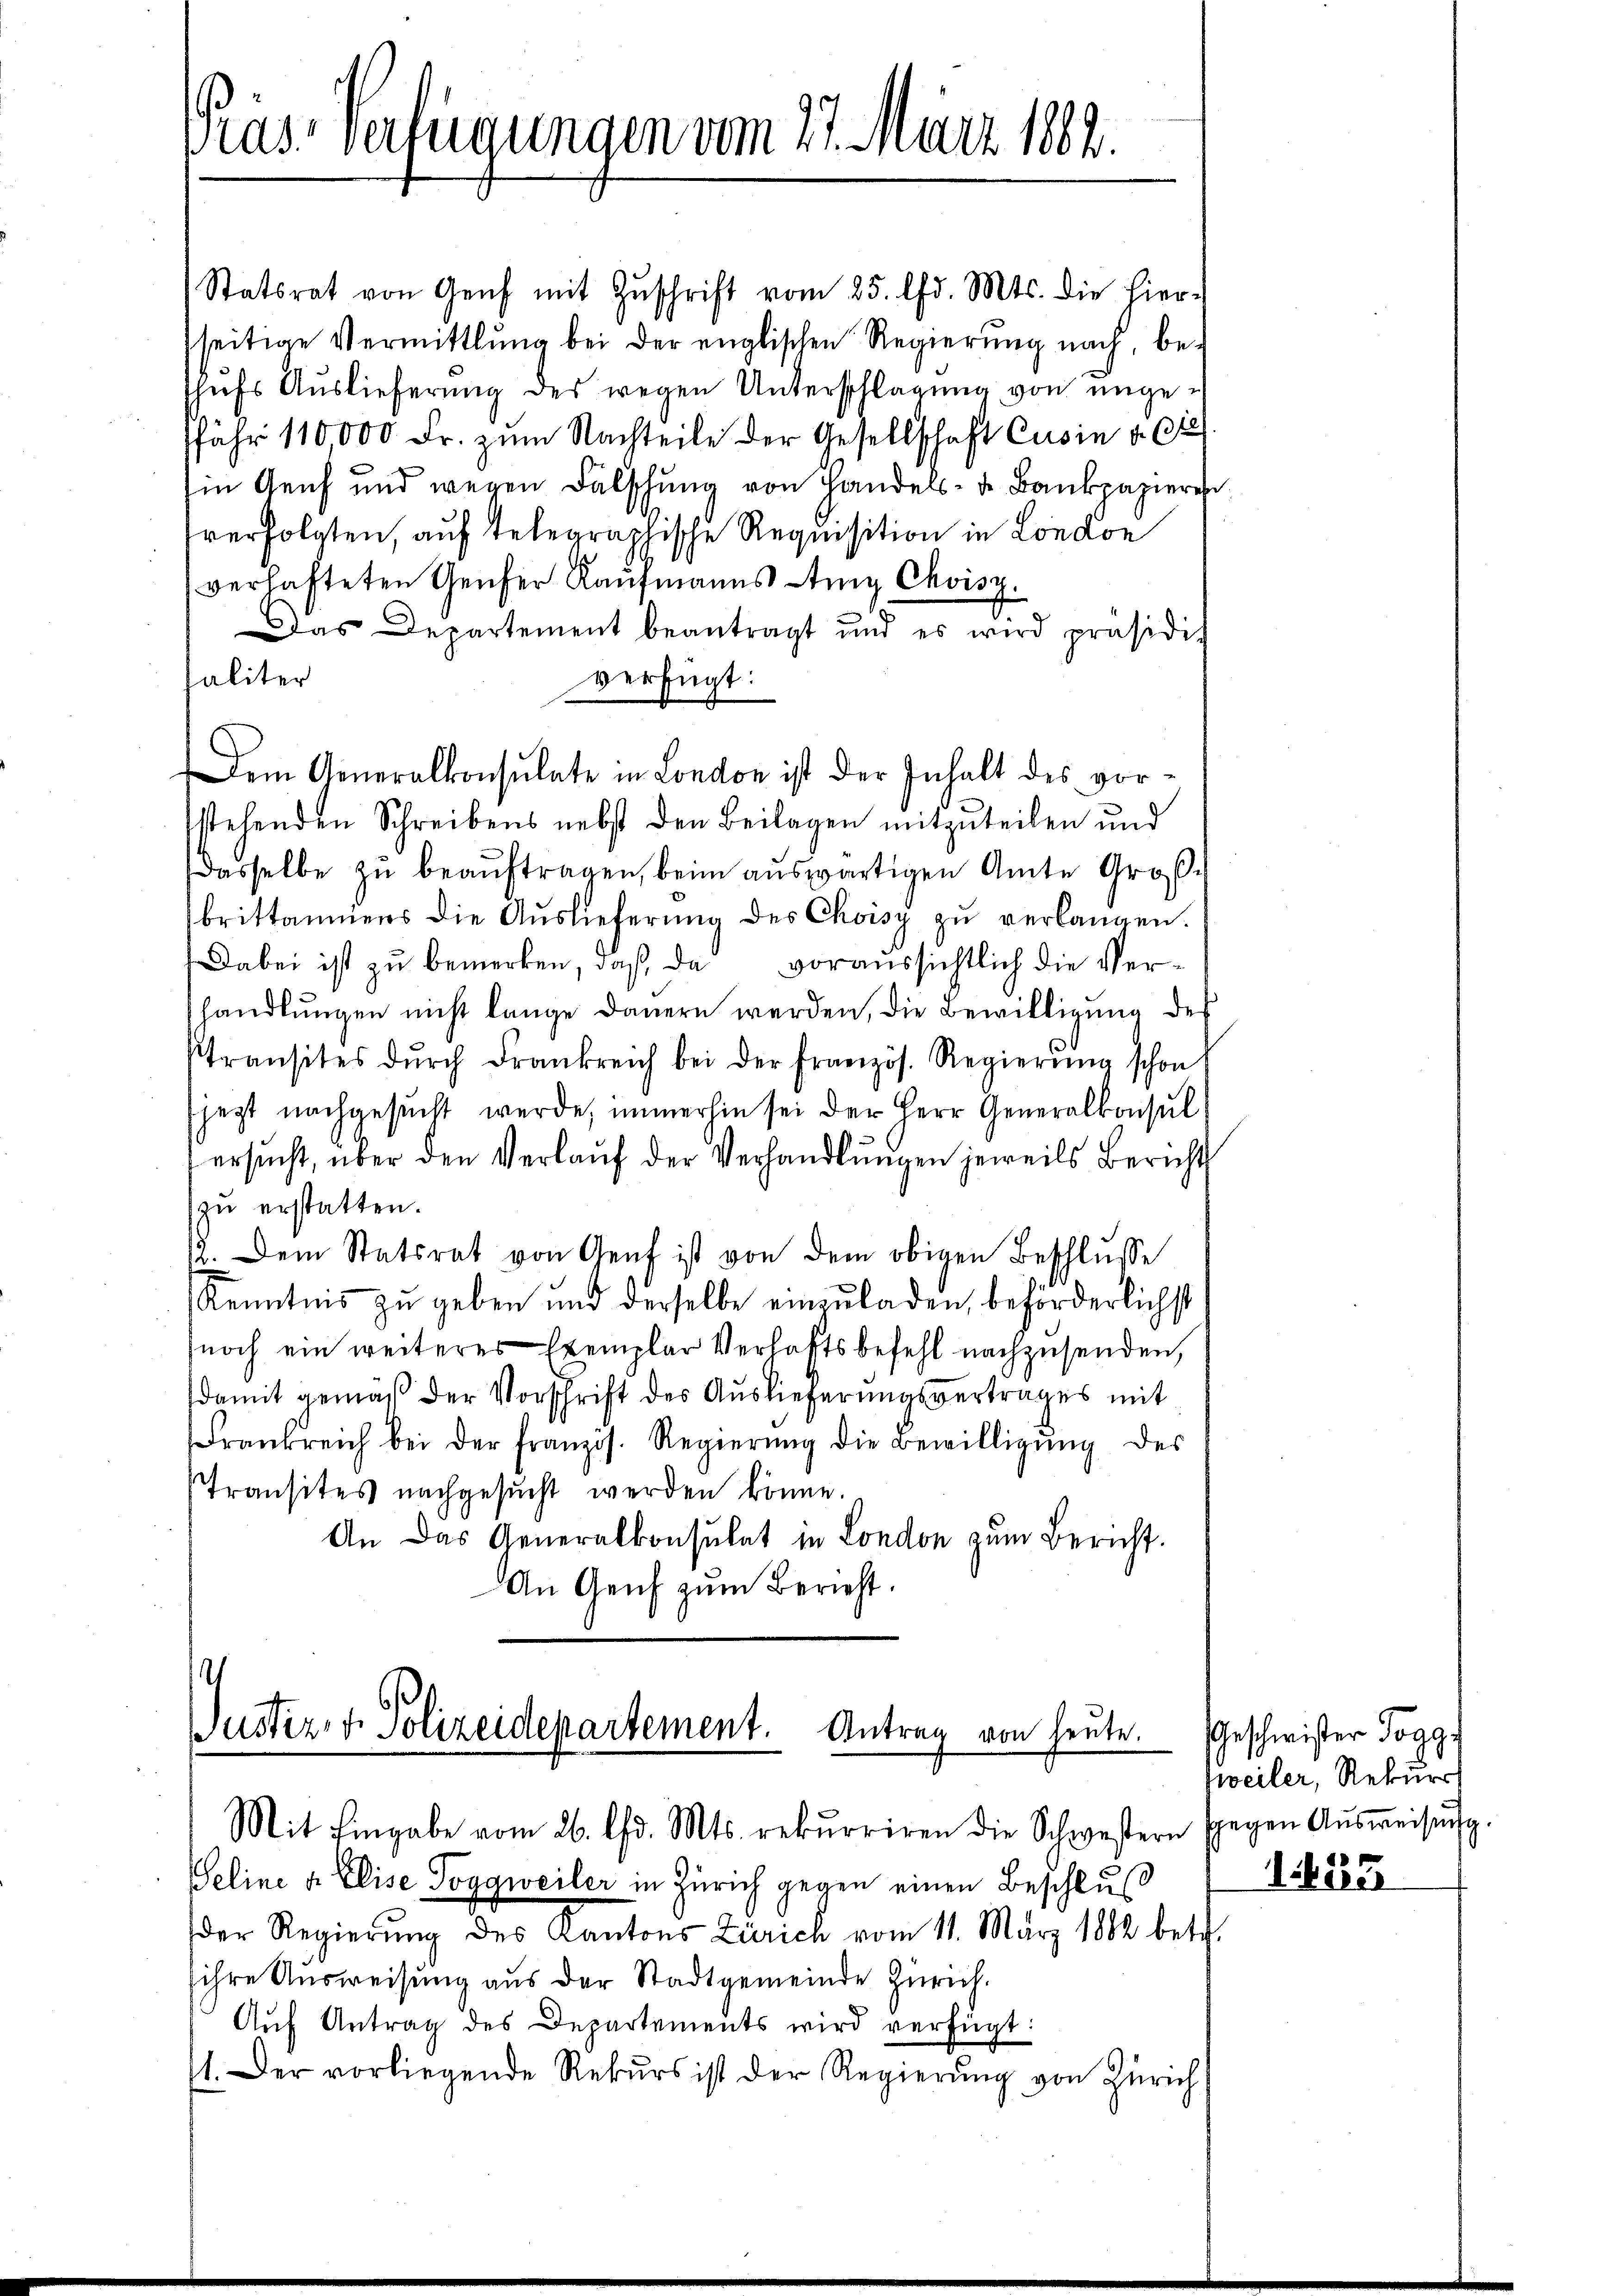
ras verfügungen vom 27. März 1882.

Statsrat von Genf mit Zŭschrift vom 25. lfd. Mts. die hier-
sseitige Vermittlung bei der englischen Regierŭng nach, be-
Thufs Auslieferung des wegen Unterschlagung von ungefähr 110,000 Fr. zum Nachteile der Gesellschaft Cusin d. 6te
Ein Genf und wegen Falschung von Handels- u. Bankpapieren
verfolgten, auf telegraphische Requisition in London
(verhafteten Genfer Kaufmanns Anny Chvisz.
Das Departement beantragt und es wird präsidis
paliter
verfügt:
Dem Generalkonsulate in London ist der Inhalt des vorstehenden Schreibens nebst den Beilagen mitzuteilen und
dasselbe zu beaŭftragen, beim auswärtigen Amte Großbrittammens die Aŭslieferŭng des Choisy zŭ verlangen.
Dabei ist zu bemerken, daß da voraussichtlich die Verhandlungen nicht lange Dauern werden, die Bewilligung des
Stransites dŭrch Frankreich bei der französ. Regierŭng schon
(jezt nachgesucht werde, immerhin sei der Herr Generalkonsul
ersucht, über den Verlaŭf der Verhandlungen jeweils Bericht
zu erstatten.
2. Dem Statsrat von Genf ist von dem obigen Beschlusse
Kenntnis zu geben und derselbe einzuladen, beförderlichst
noch ein weiteres Exemplar Verhaftsbefehl nachzusenden,
damit gemäß der Vorschrift des Auslieferungsvertrages mit
Frankreich bei der französ. Regierŭng die Bewilligŭng des
Transites nachgesŭcht werden könne.
An das Generalkonsulat in London zum Bericht.
An Genf zum Bericht.

Justiz, v. Polizeidepartement.
Antrag von heute.
Mit Eingabe vom 26. d. Mts. rekurriren die Schwestern gegen Aŭsweisŭng.

Geline u. Elise Toggweiler in Zürich gegen einen Beschlus
der Regierŭng des Kantons Zürich vom 11. März 1882 betr.
ihre Ausweisung aus der Stadtgemeinde Zürich.
Aŭf Antrag des Departements wird verfügt:
11. Der vorliegende Rekŭrs ist der Regierŭng von Zürich

Geschwister Togg
zweiler, Rekurr

1223